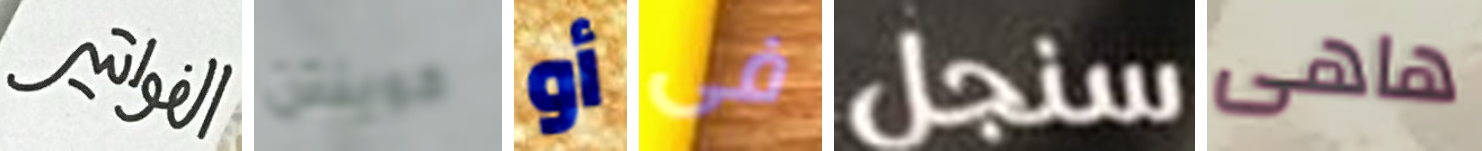
الفواتير كوينتن أو فى سنجل هاهى